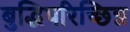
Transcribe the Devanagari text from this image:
बुद्धिपरिच्छिन्न